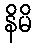
နိမိ